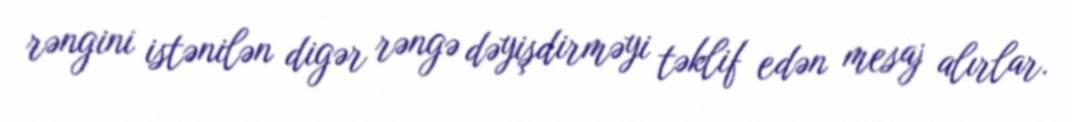
rəngini istənilən digər rəngə dəyişdirməyi təklif edən mesaj alırlar.